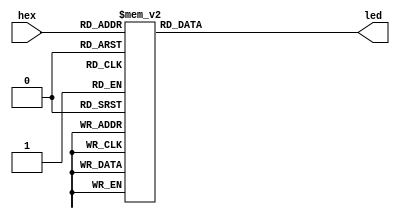
`timescale 1ns / 1ps
//////////////////////////////////////////////////////////////////////////////////
// Company: 
// Engineer: 
// 
// Design Name: 
// Module Name: bcd_to_7seg
// Project Name: 
// Target Devices: 
// Tool Versions: 
// Description: 
// 
// Dependencies: 
// 
// Revision:
// Revision 0.01 - File Created
// Additional Comments:
// 
//////////////////////////////////////////////////////////////////////////////////


module bcd_to_7seg(hex,led);
input [3:0]hex;
output reg [6:0]led;
always @(hex)
begin
  case(hex)
    0: led=7'b1111110;1: led=7'b0110000;2: led=7'b1101101;3: led=7'b1111001;
    4: led=7'b0110011;5: led=7'b1011011;6: led=7'b1011111;7: led=7'b1110000;
    8: led=7'b1111111;9: led=7'b1111011;10: led=7'b1110111;11: led=7'b0011111;
    12: led=7'b1001110;13: led=7'b0111101;14: led=7'b1001111;15: led=7'b1000111;
    default: led=7'b0000000;
  endcase
end
endmodule